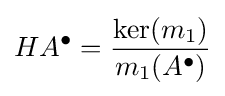
HA^{\bullet }={\frac {{\text{ker}}(m_{1})}{m_{1}(A^{\bullet })}}